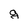
Character: g